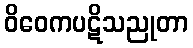
ဝိဝေကပဋိသညုတာ